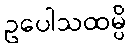
ဥပေါသထမ္ပိ